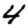
Digit: 4